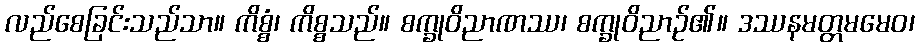
လည်စေခြင်းသည်သာ။ ကိစ္စံ၊ ကိစ္စသည်။ စက္ခုဝိညာဏဿ၊ စက္ခုဝိညာဉ်၏။ ဒဿနမတ္တမမေဝ၊